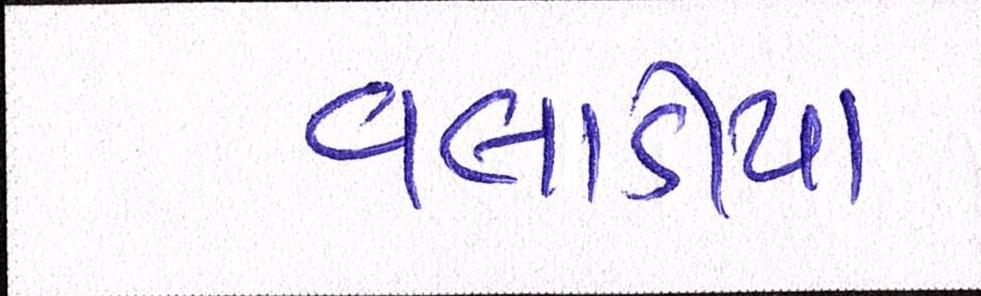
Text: વલાડીયા